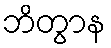
ဘိတွာန